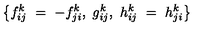
\left\{ f _ { i j } ^ { k } \ = \ - f _ { j i } ^ { k } , \ g _ { i j } ^ { k } , \ h _ { i j } ^ { k } \ = \ h _ { j i } ^ { k } \right\}